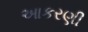
આકરણી